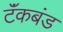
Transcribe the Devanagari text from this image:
टॅंकबंड